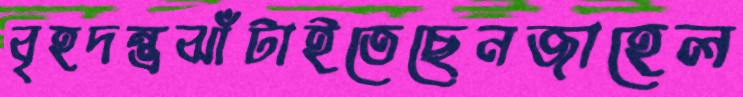
বৃহদন্ত্রঝাঁটাইতেছেনজাহেল